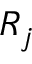
R _ { j }